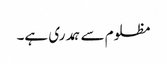
مظلوم سے ہمدری ہے۔